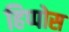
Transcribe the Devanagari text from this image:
हिप्पोस